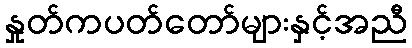
နှုတ်ကပတ်တော်များနှင့်အညီ